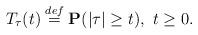
LaTeX: \begin{align*} \ T_{\tau}(t) \stackrel{def}{=} {\bf P} (|\tau| \ge t), \ t \ge 0.\end{align*}